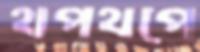
থপথপে